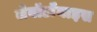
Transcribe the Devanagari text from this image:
लेबॉर्डॉनाइस